Vaccination Hyderabad 1890-1903 - 1890-1903
Year: 1890
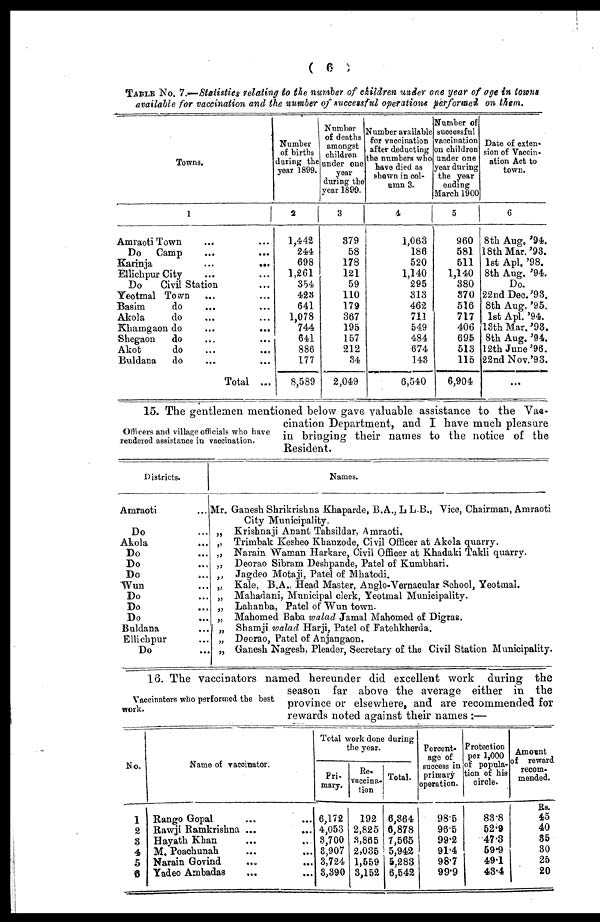
( 6 )
TABLE NO. 7.—Statistics relating to the number of children under one year of age in towns
available for vaccination and the number of successful operations performed on them.
Towns.
1
Amraoti Town ... ...
Do Camp ... ...
Karinja ... ...
Ellichpur City ... ...
Do
Civil Station ...
Yeotmal Town ... ...
Basim
do
... ...
Akola
do ... ...
Khamgaon do
...
...
Shegaon do ... ...
Akot
do ... ...
Buldana
do ... ...
Total ...
Number
of births
during the
year 1899.
2
1,442
244
698
1,261
354
423
641
1,078
744
641
886
177
8,589
Number
of deaths
amongst
children
under one
year
during the
year 1899.
3
379
58
178
121
59
110
179
367
195
157
212
34
2,049
Number available
for vaccination
after deducting
the numbers who
have died as
shown in col-
umn 3.
4
1,063
186
520
1,140
295
313
462
711
549
484
674
143
6,540
Number of
successful
vaccination
on children
under one
year during
the year
ending
March 1900
5
960
581
511
1,140
380
370
516
717
406
695
513
115
6,904
Date of exten-
sion of Vaccin-
ation Act to
town.
6
8th Aug, '94.
18th Mar.'93.
1st Apl. '98.
8th Aug, '94.
Do.
22nd Dec. '93.
8th Aug. '95.
1st Apl. '94.
13th Mar.'93.
8th Aug. '94.
12th June '96.
22nd Nov.'93.
...
Officers and village officials who have
rendered assistance in vaccination.
15. The gentlemen mentioned below gave valuable assistance to the Vac-
cination Department, and I have much pleasure
in bringing their names to the notice of the
Resident.
Districts.
Amraoti ...
Do ...
Akola ...
Do ...
Do ...
Do ...
Wun ...
Do ...
Do ...
Do ...
Buldana ...
Ellichpur ...
Do ...
Names.
Mr. Ganesh Shrikrishna Khaparde, B.A.,LLB., Vice, Chairman, Amraoti
City Municipality.
„ Krishnaji Anant Tahsildar, Amraoti.
„ Trimbak Kesheo Khanzode, Civil Officer at Akola quarry.
„ Narain Waman Harkare, Civil Officer at Khadaki Takli quarry.
„ Deorao Sibram Deshpande, Patel of Kumbhari.
„ Jagdeo Motaji, Patel of Mhatodi.
„ Kale, B.A., Head Master, Anglo-Vernacular School, Yeotmal.
„ Mahadani, Municipal clerk, Yeotmal Municipality.
„ Lahanba, Patel of Wun town.
„ Mahomed Baba walad Jamal Mahomed of Digras.
„ Shamji walad Harji, Patel of Fatehkherda.
„ Deorao, Patel of Anjangaon.
„ Ganesh Nagesh, Pleader, Secretary of the Civil Station Municipality.
Vaccinators who performed the best
work.
16. The vaccinators named hereunder did excellent work during the
season far above the average either in the
province or elsewhere, and are recommended for
rewards noted against their names :—
No.
1
2
3
4
5
6
Name of vaccinator.
Rango Gopal ... ...
Rawji Ramkrishna ...
...
Hayath Khan ... ...
M. Poachunah ... ...
Narain Govind
... ...
Yadeo Ambadas
... ...
Total work done during
the year.
Pri-
mary.
6,172
4,053
3,700
3,907
3,724
3,390
Re-
vaccina-
tion
192
2,825
3,865
2,035
1,559
3,152
Total.
6,364
6,878
7,565
5,942
5,283
6,542
Percent-
age of
success in
primary
operation.
98.5
96.5
99.2
91.4
98.7
99.9
Protection
per 1,000
of popula-
tion of his
circle.
83.8
52.9
47.3
59.9
49.1
43.4
Amount
of reward
recom-
mended.
Rs.
45
40
35
30
25
20